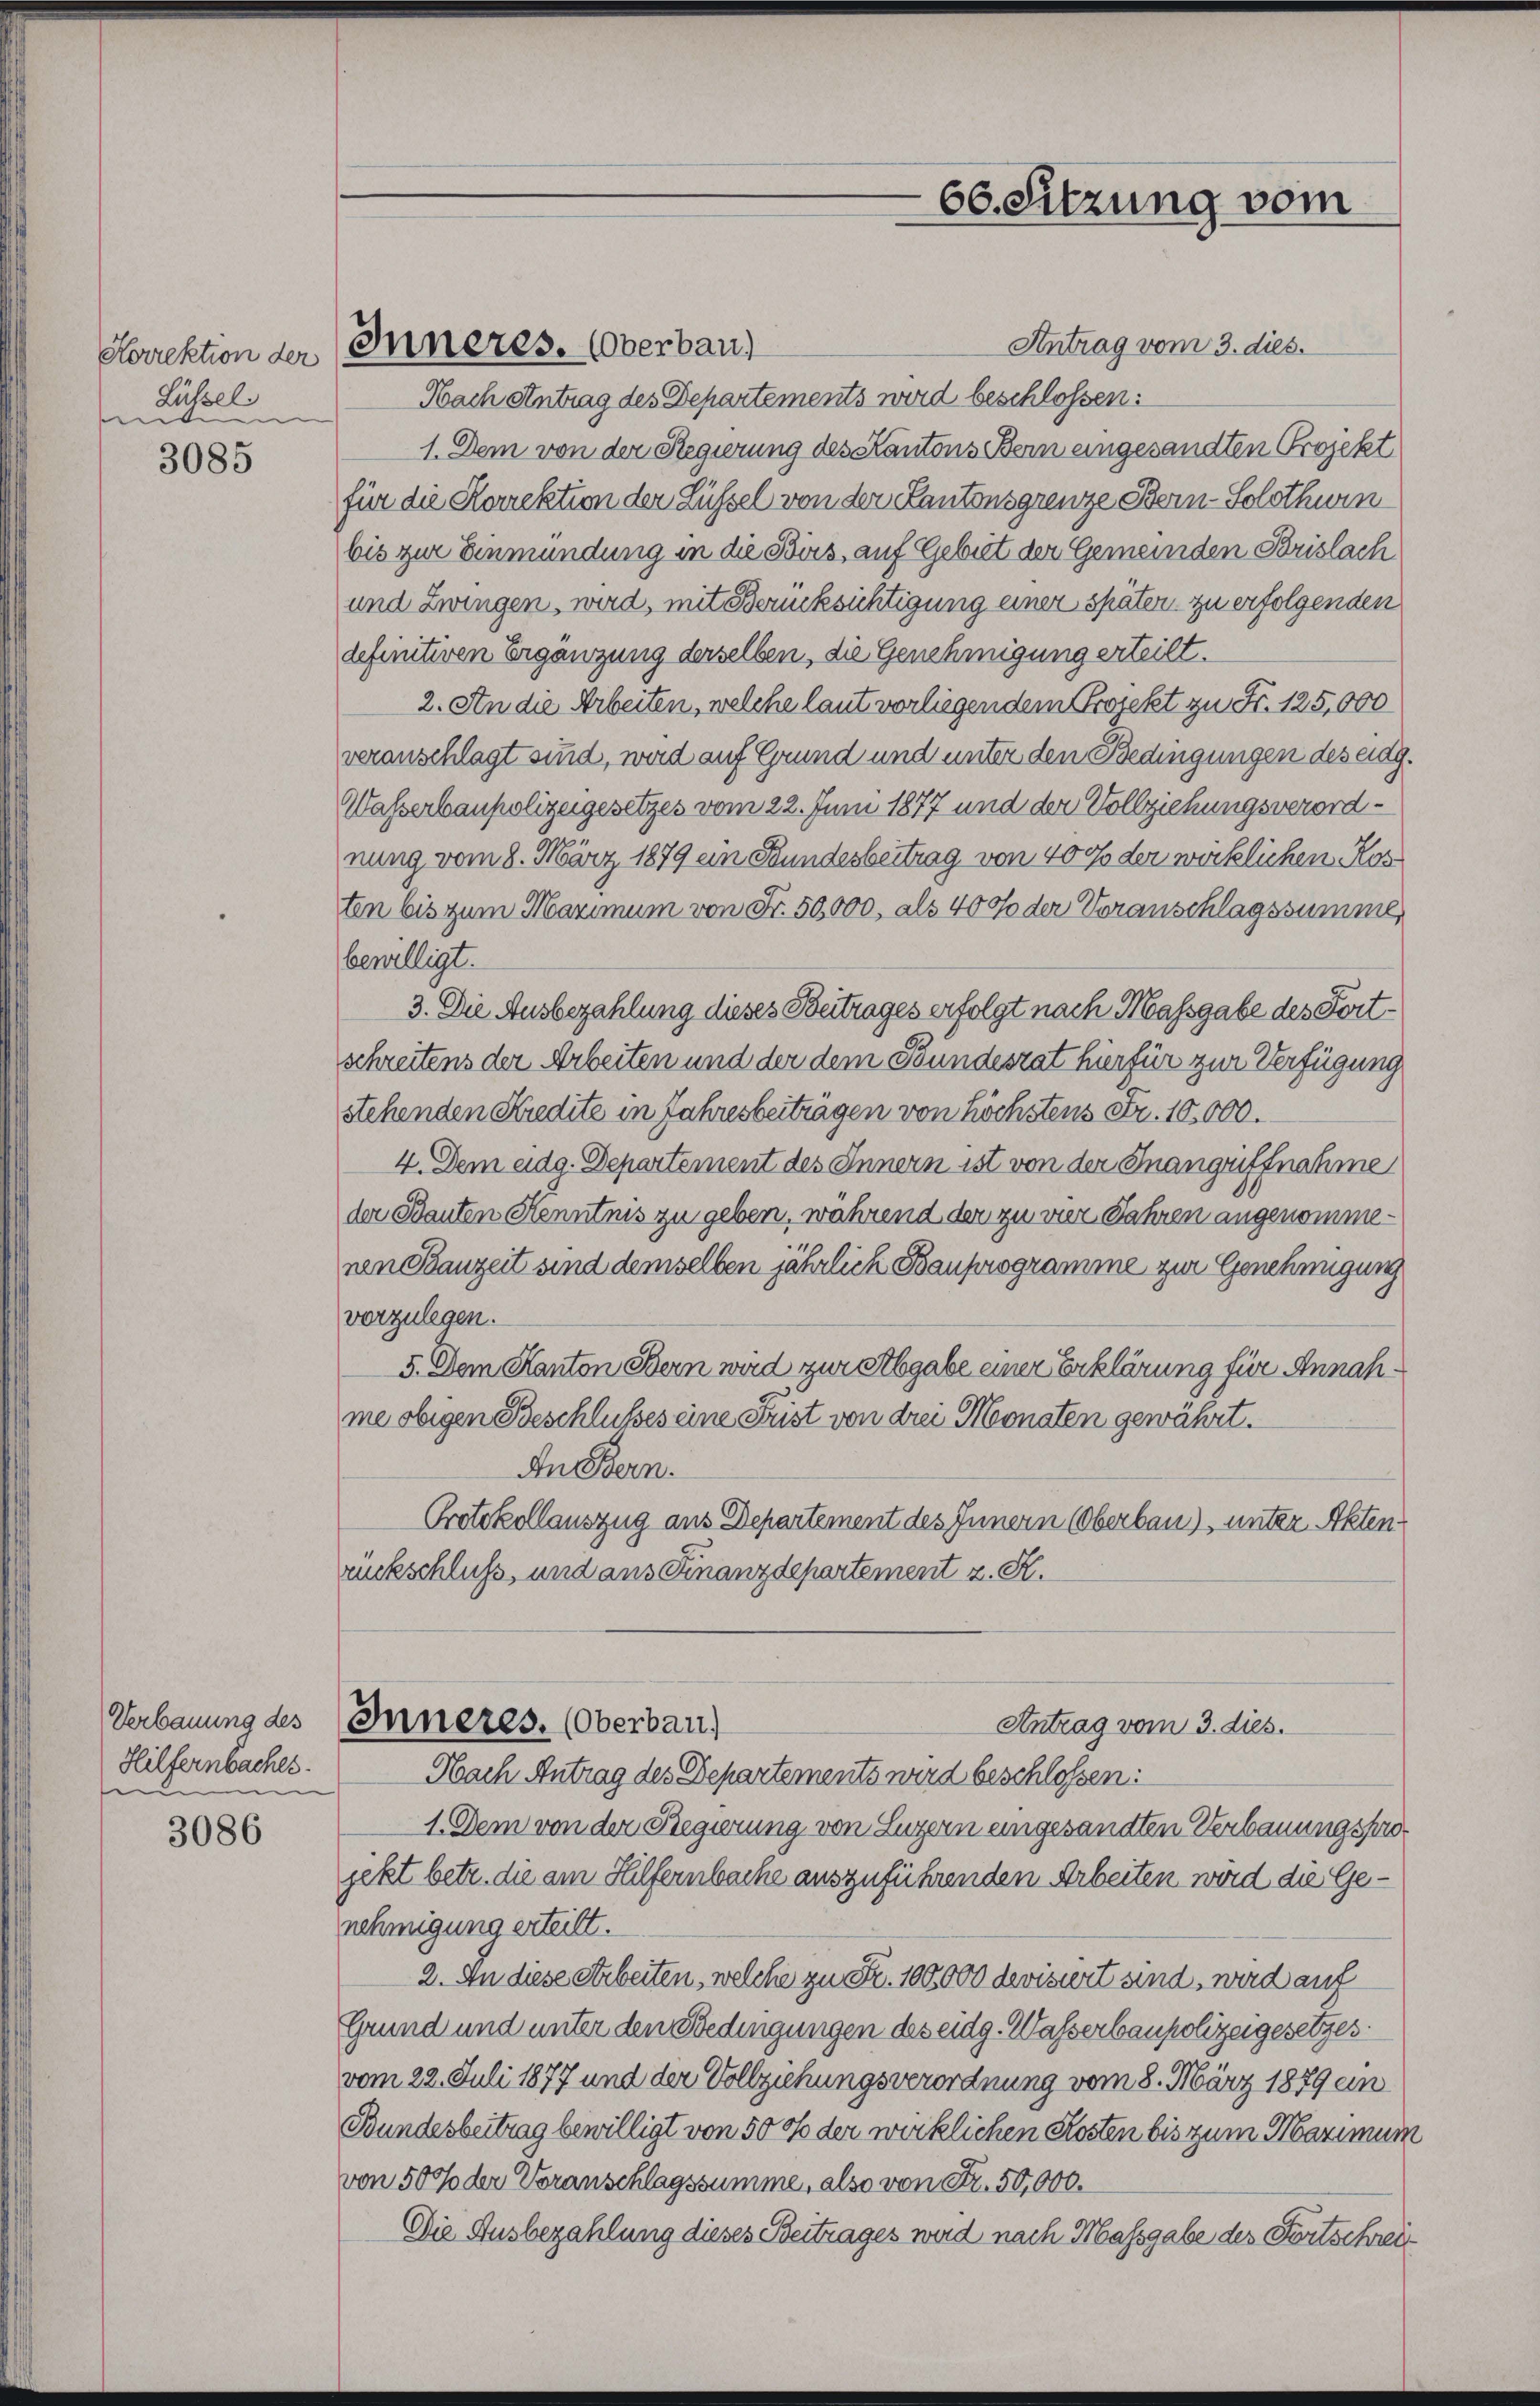
Horrektion der
Lühsel.
ente

3085

Verbauung des
Hilfernbacher.
e
3

3086

Antrag vom 3. dies
Inneres. Oberbau)
Nach Antrag des Departements wird beschlossen:
1. Dem von der Regierung des Kantons Bern eingesandten Projekt
für die Korrektion der Lüssel von der Kantonsgrenze Bern-Solothurn
bis zur Einmündung in die Birs, auf Gebiet der Gemeinden Brislach
und Zwingen, wird, mit Berücksichtigung einer später zu erfolgenden
definitiven Ergänzung derselben, die Genehmigung erteilt.
2. An die Arbeiten, welche laut vorliegendem Projekt zu Fr. 125,000
veranschlagt sind, wird auf Grund und unter den Bedingungen des eidg.
Wasserbaupolizeigesetzes vom 22. Juni 1877 und der Vollziehungsverordnung vom 8. März 1879 ein Stundesbeitrag von 40% der wirklichen Kosten bis zum Maximum von Fr. 50,000, als 40% der Voranschlagssumme
bewilligt.
3. Die Ausbezahlung dieses Beitrages erfolgt nach Massgabe des Fortschreitens der Arbeiten und der dem Bundesrat hierfür zur Verfügung
stehenden Kredite in Jahresbeiträgen von höchstens Fr. 10,000.
4. Dem eidg. Departement des Innern ist von der Inangriffnahme
der Bauten Kenntnis zu geben, während den zu vier Jahren angenommenen Bauzeit sind demselben jährlich Bauprogramme zur Genehmigung
vorzulegen.
5. Dem Kanton Bern wird zur Abgabe einer Erklärung für Annahme obigen Beschlusses eine Frist von drei Monaten gewährt.
An Bern.
Protokollauszug aus Departement des Innern (Oberbau), unter Aktenruckschluß, und aus Finanzdepartement z. R.

66. Sitzung vom

Inneres. (Oberbau
Antrag vom 3. dies.

Nach Antrag des Departements wird beschlossen:
1. Dem von der Regierung von Luzern eingesandten Verbauungsprojekt betr. die am Hilfernbache auszuführenden Arbeiten wird die Genehmigung erteilt.
2. In diese Arbeiten, welche zu Fr. 100,000 devisiert sind, wird auf
Grund und unter den Bedingungen des eidg. Wasserbaupolizeigesetzes.
vom 22. Juli 1877 und der Vollziehungsverordnung vom 8. März 1879 ein
Bundesbeitrag bewilligt von 500 der wirklichen Kosten bis zum Maximum
von 500 der Voranschlagssumme, also von Fr. 50,000.
Die Ausbezahlung dieses Beitrages wird nach Massgabe des Fortschrei¬